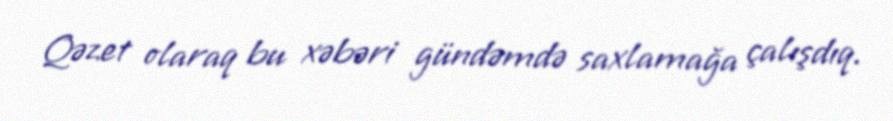
Qəzet olaraq bu xəbəri gündəmdə saxlamağa çalışdıq.